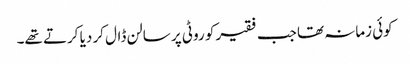
کوئی زمانہ تھا جب فقیر کو روٹی پر سالن ڈال کر دیا کرتے تھے۔